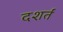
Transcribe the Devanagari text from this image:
दशर्तं